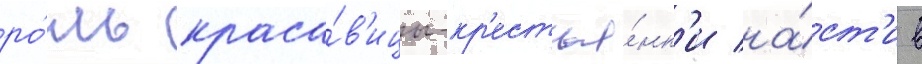
ро́ль краса́в'ицы-кр'естья́нк'и на́ст'и в